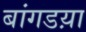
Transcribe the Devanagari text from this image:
बांगडय़ा